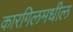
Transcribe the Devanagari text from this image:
कारगिलमधील